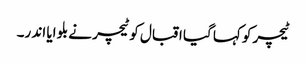
ٹیچر کو کہا گیا اقبال کو ٹیچر نے بلو ایا اند ر۔